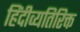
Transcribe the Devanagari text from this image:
हिंदीव्यतिरिक्त